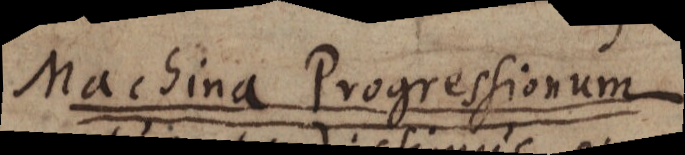
Machina Progressionum